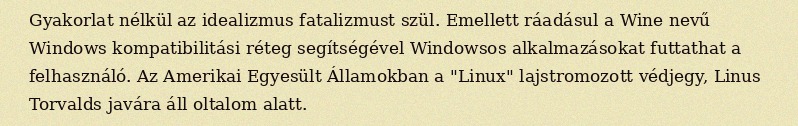
Gyakorlat nélkül az idealizmus fatalizmust szül. Emellett ráadásul a Wine nevű Windows kompatibilitási réteg segítségével Windowsos alkalmazásokat futtathat a felhasználó. Az Amerikai Egyesült Államokban a "Linux" lajstromozott védjegy, Linus Torvalds javára áll oltalom alatt.